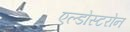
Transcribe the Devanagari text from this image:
एल्डोस्टरोन